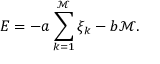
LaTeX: E = - a \sum _ { k = 1 } ^ { \mathcal M } \xi _ { k } - b { \mathcal M } .